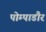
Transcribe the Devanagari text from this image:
पोम्पाडौर